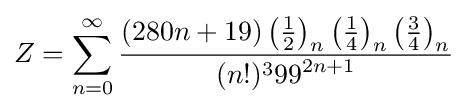
Z=\sum _{n=0}^{\infty }{\frac {(280n+19)\left({\frac {1}{2}}\right)_{n}\left({\frac {1}{4}}\right)_{n}\left({\frac {3}{4}}\right)_{n}}{(n!)^{3}{99}^{2n+1}}}